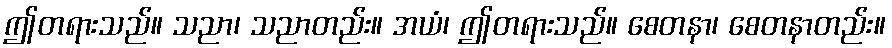
ဤတရားသည်။ သညာ၊ သညာတည်း။ အယံ၊ ဤတရားသည်။ စေတနာ၊ စေတနာတည်း။